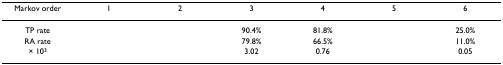
<table><thead><tr><td><b>Markov order</b></td><td><b>1</b></td><td><b>2</b></td><td><b>3</b></td><td><b>4</b></td><td><b>5</b></td><td><b>6</b></td></tr></thead><tbody><tr><td>TP rate</td><td>[EMPTY_CELL]</td><td>[EMPTY_CELL]</td><td>90.4%</td><td>81.8%</td><td>[EMPTY_CELL]</td><td>25.0%</td></tr><tr><td>RA rate</td><td>[EMPTY_CELL]</td><td>[EMPTY_CELL]</td><td>79.8%</td><td>66.5%</td><td>[EMPTY_CELL]</td><td>11.0%</td></tr><tr><td>× 10<sup>3</sup></td><td>[EMPTY_CELL]</td><td>[EMPTY_CELL]</td><td>3.02</td><td>0.76</td><td>[EMPTY_CELL]</td><td>0.05</td></tr></tbody></table>